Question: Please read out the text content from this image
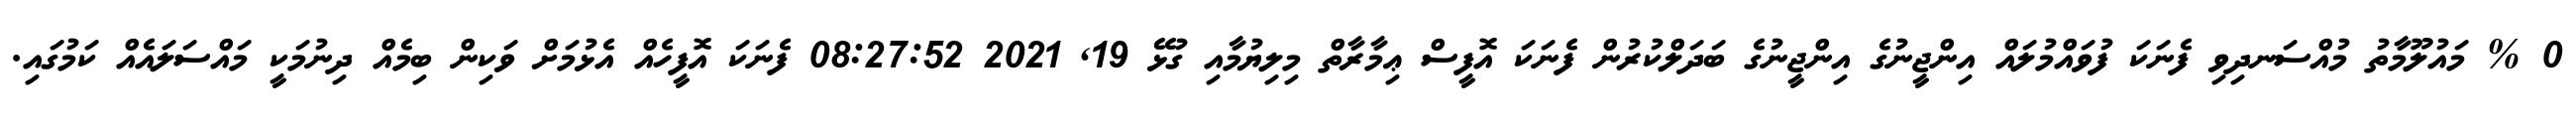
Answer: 0 % މައުލޫމާތު މުއްސަނދިވި ފެނަކަ ފުވައްމުލައް އިންޖީނުގެ އިންޖީނުގެ ބަދަލްކުރުން ފެނަކަ އޮފީސް ޢިމާރާތް މިލިޔުމާއި ގުޅޭ 19, 2021 08:27:52 ފެނަކަ އޮފީހެއް އެޅުމަށް ވަކިން ބިމެއް ދިނުމަކީ މައްސަލައެއް ކަމުގައި.